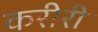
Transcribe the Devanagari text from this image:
करीरी